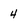
Character: 4